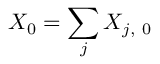
X _ { 0 } = \sum _ { j } X _ { j , \mathrm { ~ 0 ~ } }